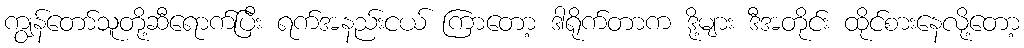
ကျွန်တော်သူတို့ဆီရောက်ပြီး ရက်အနည်းငယ် ကြာတော့ ဒါရိုက်တာက ဒို့များ ဒီအတိုင်း ထိုင်စားနေလို့တော့